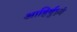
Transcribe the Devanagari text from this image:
आहिर्बुध्न्यं